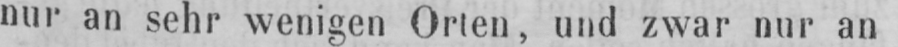
nur an sehr wenigen Orten, und zwar nur an